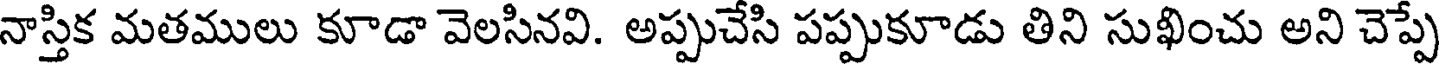
నాస్తిక మతములు కూడా వెలసినవి. అప్పుచేసి పప్పుకూడు తిని సుఖించు అని చెప్పే